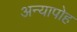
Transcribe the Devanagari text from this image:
अन्यापोह